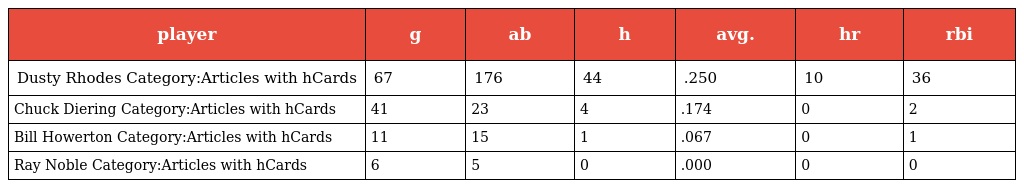
| player | g | ab | h | avg. | hr | rbi |
 | --- | --- | --- | --- | --- | --- | --- |
 | Dusty Rhodes Category:Articles with hCards | 67 | 176 | 44 | .250 | 10 | 36 |
 | Chuck Diering Category:Articles with hCards | 41 | 23 | 4 | .174 | 0 | 2 |
 | Bill Howerton Category:Articles with hCards | 11 | 15 | 1 | .067 | 0 | 1 |
 | Ray Noble Category:Articles with hCards | 6 | 5 | 0 | .000 | 0 | 0 |